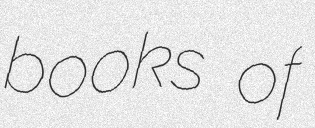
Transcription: books of